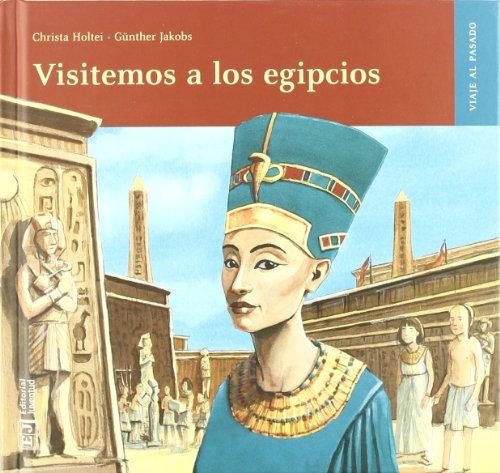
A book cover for Visitemos a los egipcios / Let's Visit the Egyptians (Viaje Al Pasado) (Spanish Edition); Christa Holtei; Teen & Young Adult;